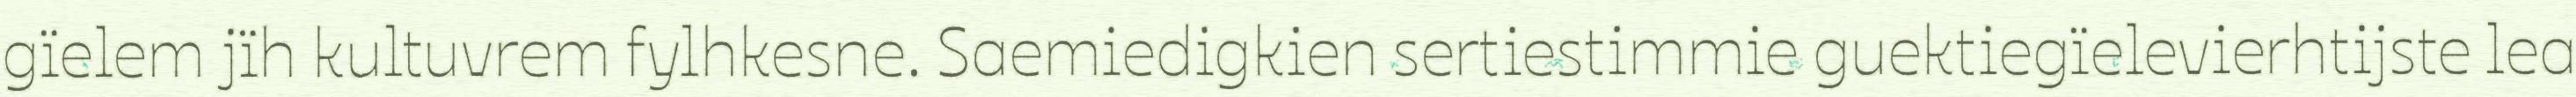
gïelem jïh kultuvrem fylhkesne. Saemiedigkien sertiestimmie guektiegïelevierhtijste lea